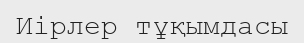
Иірлер тұқымдасы